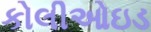
કોલીઓઇડ